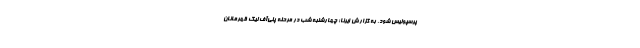
پرسپولیس شود. به گزارش ایرنا؛ چهارشنبه شب در مرحله پلی‌آف لیگ قهرمانان